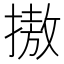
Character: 𢳆